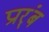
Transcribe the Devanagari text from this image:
प्रार्ंब